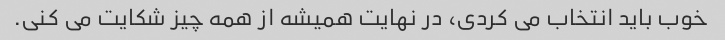
خوب باید انتخاب می کردی، در نهایت همیشه از همه چیز شکایت می کنی.